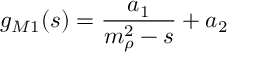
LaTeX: g _ { M 1 } ( s ) = \frac { a _ { 1 } } { m _ { \rho } ^ { 2 } - s } + a _ { 2 }